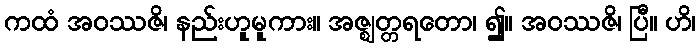
ကထံ အဝဿဇိ၊ နည်းဟူမူကား။ အဇ္ဈတ္တရတော၊ ၍။ အဝဿဇိ၊ ပြီ။ ဟိ၊